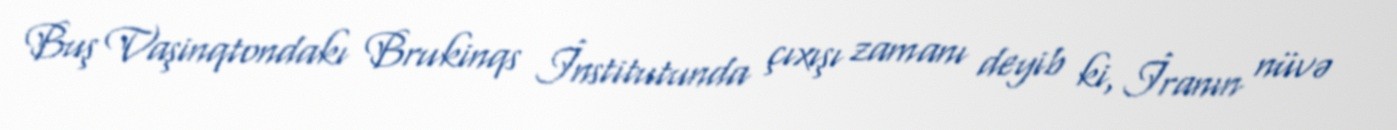
Buş Vaşinqtondakı Brukinqs İnstitutunda çıxışı zamanı deyib ki, İranın nüvə